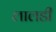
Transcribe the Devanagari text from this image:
लालडी